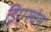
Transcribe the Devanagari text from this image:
ड्रिएस्चेन